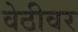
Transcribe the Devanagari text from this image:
वेठीवर